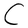
Character: C